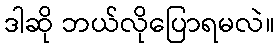
ဒါဆို ဘယ်လိုပြောရမလဲ။